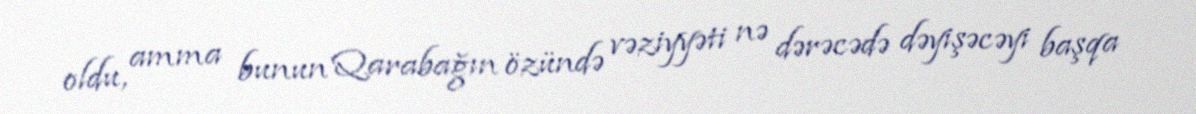
oldu, amma bunun Qarabağın özündə vəziyyəti nə dərəcədə dəyişəcəyi başqa